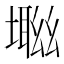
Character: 𡑜